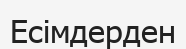
Есімдерден